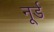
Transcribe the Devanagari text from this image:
नूर्ड